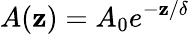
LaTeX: A(\mathbf{z})=A_{0}e^{-\mathbf{z}/\delta}